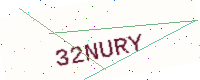
Text: 32NURY